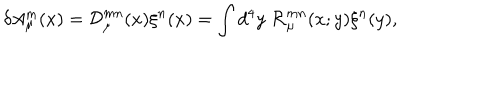
\delta A _ { \mu } ^ { m } ( x ) = { \cal D } _ { \mu } ^ { m n } ( x ) \xi ^ { n } ( x ) = \int d ^ { 4 } y \; { \cal R } _ { \mu } ^ { m n } ( x ; y ) \xi ^ { n } ( y ) ,